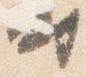
時